Report of the Indian Hemp Drugs Commission, 1894-1895 - Volume IV
Year: 1894
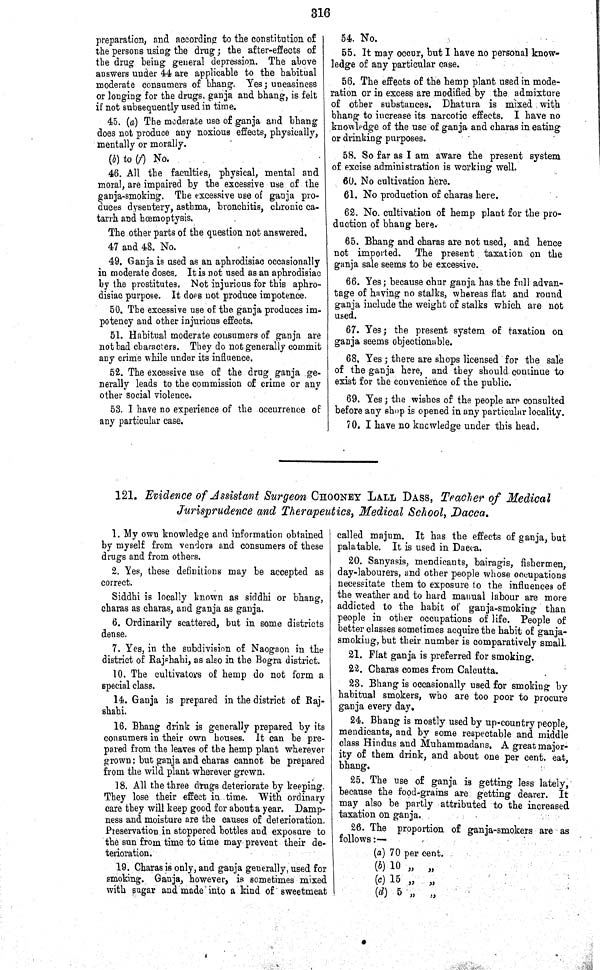
316
preparation, and according to the constitution of
the persons using the drug; the after-effects of
the drug being general depression. The above
answers under 44 are applicable to the habitual
moderate consumers of bhang. Yes; uneasiness
or longing for the drugs, ganja and bhang, is felt
if not subsequently used in time.
45. (a) The moderate use of ganja and bhang
does not produce any noxious effects, physically,
mentally or morally.
(b) to (f) No.
46. All the faculties, physical, mental and
moral, are impaired by the excessive use of the
ganja-smoking. The excessive use of ganja pro-
duces dysentery, asthma, bronchitis, chronic ca-
tarrh and hœmoptysis.
The other parts of the question not answered.
47 and 48. No.
49. Ganja is used as an aphrodisiac occasionally
in moderate doses. It is not used as an aphrodisiac
by the prostitutes. Not injurious for this aphro-
disiac purpose. It does not produce impotence.
50. The excessive use of the ganja produces im-
potency and other injurious effects.
51. Habitual moderate consumers of ganja are
not bad characters. They do not generally commit
any crime while under its influence.
52. The excessive use of the drug ganja ge-
nerally leads to the commission of crime or any
other Social violence.
53. I have no experience of the occurrence of
any particular case.
54. No.
55. It may occur, but I have no personal know-
ledge of any particular case.
56. The effects of the hemp plant used in mode-
ration or in excess are modified by the admixture
of other substances. Dhatura is mixed with
bhang to increase its narcotic effects. I have no
knowledge of the use of ganja and charas in eating
or drinking purposes.
58. So far as I am aware the present system
of excise administration is working well.
60. No cultivation here.
61. No production of charas here.
62. No. cultivation of hemp plant for the pro-
duction of bhang here.
65. Bhang and charas are not used, and hence
not imported. The present taxation on the
ganja sale seems to be excessive.
66. Yes; because chur ganja has the full advan-
tage of having no stalks, whereas flat and round
ganja include the weight of stalks which are not
used.
67. Yes; the present system of taxation on
ganja seems objectionable.
68. Yes; there are shops licensed for the sale
of the ganja here, and they should continue to
exist for the convenience of the public.
69. Yes; the wishes of the people are consulted
before any shop is opened in any particular locality.
70. I have no knowledge under this head.
121. Evidence of Assistant Surgeon CHOONEY LALL DASS, Teacher of Medical
Jurisprudence and Therapeutics, Medical School, Dacca.
1. My own knowledge and information obtained
by myself from vendors and consumers of these
drugs and from others.
2. Yes, these definitions may be accepted as
correct.
Siddhi is locally known as siddhi or bhang,
charas as charas, and ganja as ganja.
6. Ordinarily scattered, but in some districts
dense.
7. Yes, in the subdivision of Naogaon in the
district of Rajshahi, as also in the Bogra district.
10. The cultivators of hemp do not form a
special class.
14. Ganja is prepared in the district of Raj-
shahi.
16. Bhang drink is generally prepared by its
consumers in their own houses. It can be pre-
pared from the leaves of the hemp plant wherever
grown; but ganja and charas cannot be prepared
from the wild plant wherever grown.
18. All the three drugs deteriorate by keeping.
They lose their effect in time. With ordinary
care they will keep good for about a year. Damp-
ness and moisture are the causes of deterioration.
Preservation in stoppered bottles and exposure to
the sun from time to time may prevent their de-
terioration.
19. Charas is only, and ganja generally, used for
smoking. Ganja, however, is sometimes mixed
with sugar and made into a kind of sweetmeat
called majum. It has the effects of ganja, but
palatable. It is used in Dacca.
20. Sanyasis, mendicants, bairagis, fishermen,
day-labourers, and other people whose occupations
necessitate them to exposure to the influences of
the weather and to hard manual labour are more
addicted to the habit of ganja-smoking than
people in other occupations of life. People of
better classes sometimes acquire the habit of ganja-
smoking, but their number is comparatively small.
21. Flat ganja is preferred for smoking.
22. Charas comes from Calcutta.
23. Bhang is occasionally used for smoking by
habitual smokers, who are too poor to procure
ganja every day.
24. Bhang is mostly used by up-country people,
mendicants, and by some respectable and middle
class Hindus and Muhammadans. A great major-
ity of them drink, and about one per cent. eat,
bhang.
25. The use of ganja is getting less lately,
because the food-grains are getting dearer. It
may also be partly attributed to the increased
taxation on ganja.
26. The proportion of ganja-smokers are as
follows:—
(a) 70 per cent.
(b) 10 " "
(c) 15 " "
(d) 5 " "